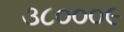
૩૮૦૦૦૯